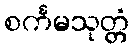
စင်္ကမသုတ္တံ